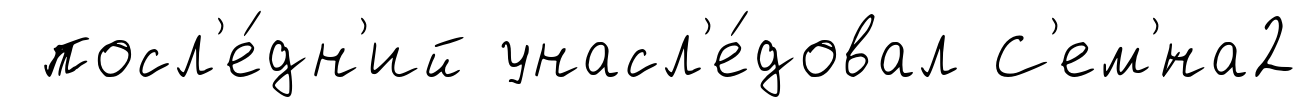
посл'е́дн'ий унасл'е́довал С'ем'́на2